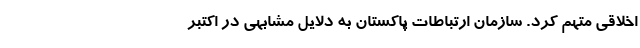
اخلاقی متهم کرد. سازمان ارتباطات پاکستان به دلایل مشابهی در اکتبر